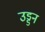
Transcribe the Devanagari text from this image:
उड्डन